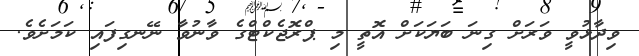
ވިދާޅުވީ ވަރަށް ގިނަ ބަޔަކަށް އޮތީ މި ޕްރޮޖެކްޓްގެ ވާނުވާ ނޭނގިފައި ކަމަށެވެ.